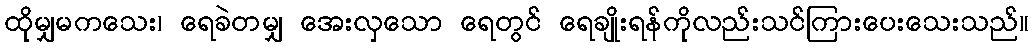
ထိုမျှမကသေး၊ ရေခဲတမျှ အေးလှသော ရေတွင် ရေချိုးရန်ကိုလည်းသင်ကြားပေးသေးသည်။